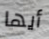
أيها